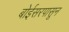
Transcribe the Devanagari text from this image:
बोईसरपासून